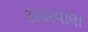
ટાયરવાલા